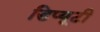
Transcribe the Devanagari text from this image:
डिप्यूटी